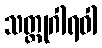
သတ္ထုဂါရဝါ